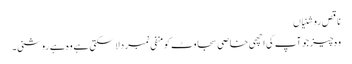
ناقص روشنیاں
وہ چیز جو آپ کی اچھی خاصی سجاوٹ کو منفی نمبر دلا سکتی ہے وہ ہے روشنی۔